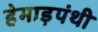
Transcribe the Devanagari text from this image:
हेमाड़पंथी